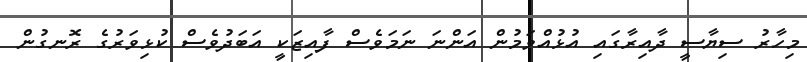
މިހާރު ސިޔާސީ ދާއިރާގައި އުޅުއްވަމުން އަންނަ ނަމަވެސް ފާއިޒަކީ އަބަދުވެސް ކުޅިވަރުގެ ރޮނގުން